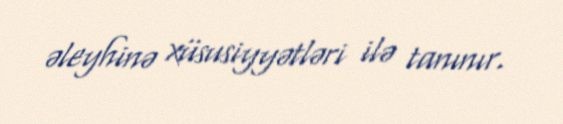
əleyhinə xüsusiyyətləri ilə tanınır.